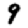
Digit: 9